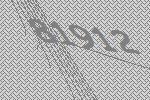
81912